Report on lock hospitals in British Burma
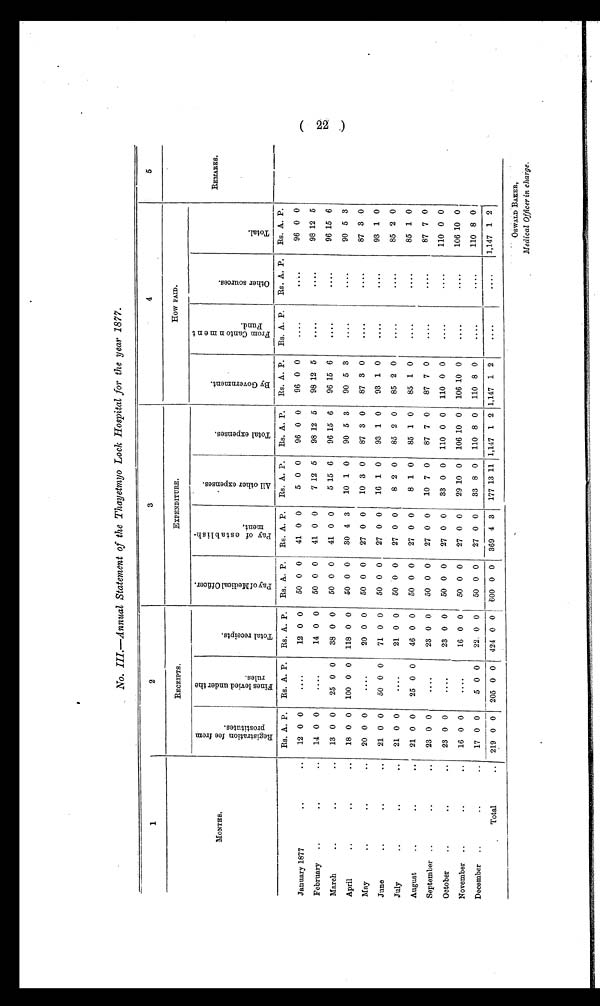
No. III.—Annual Statement of the Thayetmyo Lock Hospital for the year 1877.
1
2
3
4
5
RECEIPTS.
EXPENDITURE.
How PAID.
MONTHS.
R e g i s t r a t i o n f e e f r o m
p r o s t i t u t e s . F i n e s l e v i e d u n d e r t h e
r u l e s .
T o t a l r e c e i p t s .
P a y o f M e d i c a l O f f i c e r .
P a y o f e s t a b l i s h -
m e n t .
A l l o t h e r e x p e n s e s .
T o t a l e x p e n s e s .
B y G o v e r n m e n t .
F r o m C a n t o n m e n t
F u n d .
O t h e r s o u r c e s .
T o t a l .
REMARKS.
Rs. A. P. Rs. A. P. Rs. A. P. Rs. A. P. Rs. A. P. Rs. A. P. Rs. A. P. Rs. A. P. Rs. A. P. Rs. A. P. Rs. A. P.
January 1877
..
.. 12 0 0
. . . .
12 0 0 50 0 0 41 0 0
5 0 0 96 0 0 96 0 0
....
. . . .
96 0 0
February ..
..
.. 14 0 0
. . . .
14 0 0 50 0 0 41 0 0
7 12 5 98 12 5 98 12 5
....
....
98 12 5
March
..
..
.. 13 0 0 25 0 0 38 0 0 50 0 0 41 0 0
5 15 6 96 15 6 96 15 6
. . . .
....
96 15 6
April
..
..
.. 18 0 0 100 0 0 118 0 0 50 0 0 30 4 3 10 1 0 90 5 3 90 5 3
. . . .
....
90 5 3
May
..
..
.. 20 0 0
. . . .
20 0 0 50 0 0 27 0 0 10 3 0 87 3 0 87 3 0
....
....
87 3 0
June
..
..
.. 21 0 0 50 0 0 71 0 0 50 0 0 27 0 0 16 1 0 93 1 0 93 1 0
. . . .
....
93 1 0
July ..
..
.. 21 0 0
. . . .
21 0 0 50 0 0 27 0 0
8 2 0 85 2 0 85 2 0
....
....
85 2 0
August
..
..
.. 21 0 0 25 0 0 46 0 0 50 0 0 27 0 0
8 1 0 85 1 0 85 1 0
....
. . . .
85 1 0
September ..
..
.. 23 0 0
. . . .
23 0 0 50 0 0 27 0 0 10 7 0 87 7 0 87 7 0
. . . .
....
87 7 0
October ..
..
. . 23 0 0
. . . .
23 0 0 50 0 0 27 0 0 33 0 0 110 0 0 110 0 0
....
. . . .
110 0 0
November ..
..
.. 16 0 0
. . . .
16 0 0 50 0 0 27 0 0 29 10 0 106 10 0 106 10 0
. . . .
....
106 10 0
December ..
..
.. 17 0 0
5 0 0 22 0 0 50 0 0 27 0 0 33 8 0 110 8 0 110 8 0
....
. . . .
110 8 0
Total
.. 219 0 0 205 0 0 424 0 0 600 0 0 369 4 3 177 13 11 1,147 1 2 1,147 1 2
....
. . . . 1,147 1 2
OSWALD BAKER,
Medical Officer in charge.
(22)